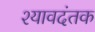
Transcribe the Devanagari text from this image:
श्यावदंतक